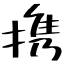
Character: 携